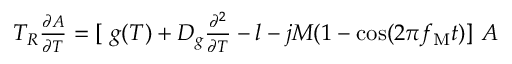
\begin{array} { r } { T _ { R } \frac { \partial A } { \partial T } = [ \ g ( T ) + D _ { g } \frac { \partial ^ { 2 } } { \partial T } - l - j M ( 1 - \cos ( 2 \pi f _ { \mathrm { M } } t ) ] \ A } \end{array}